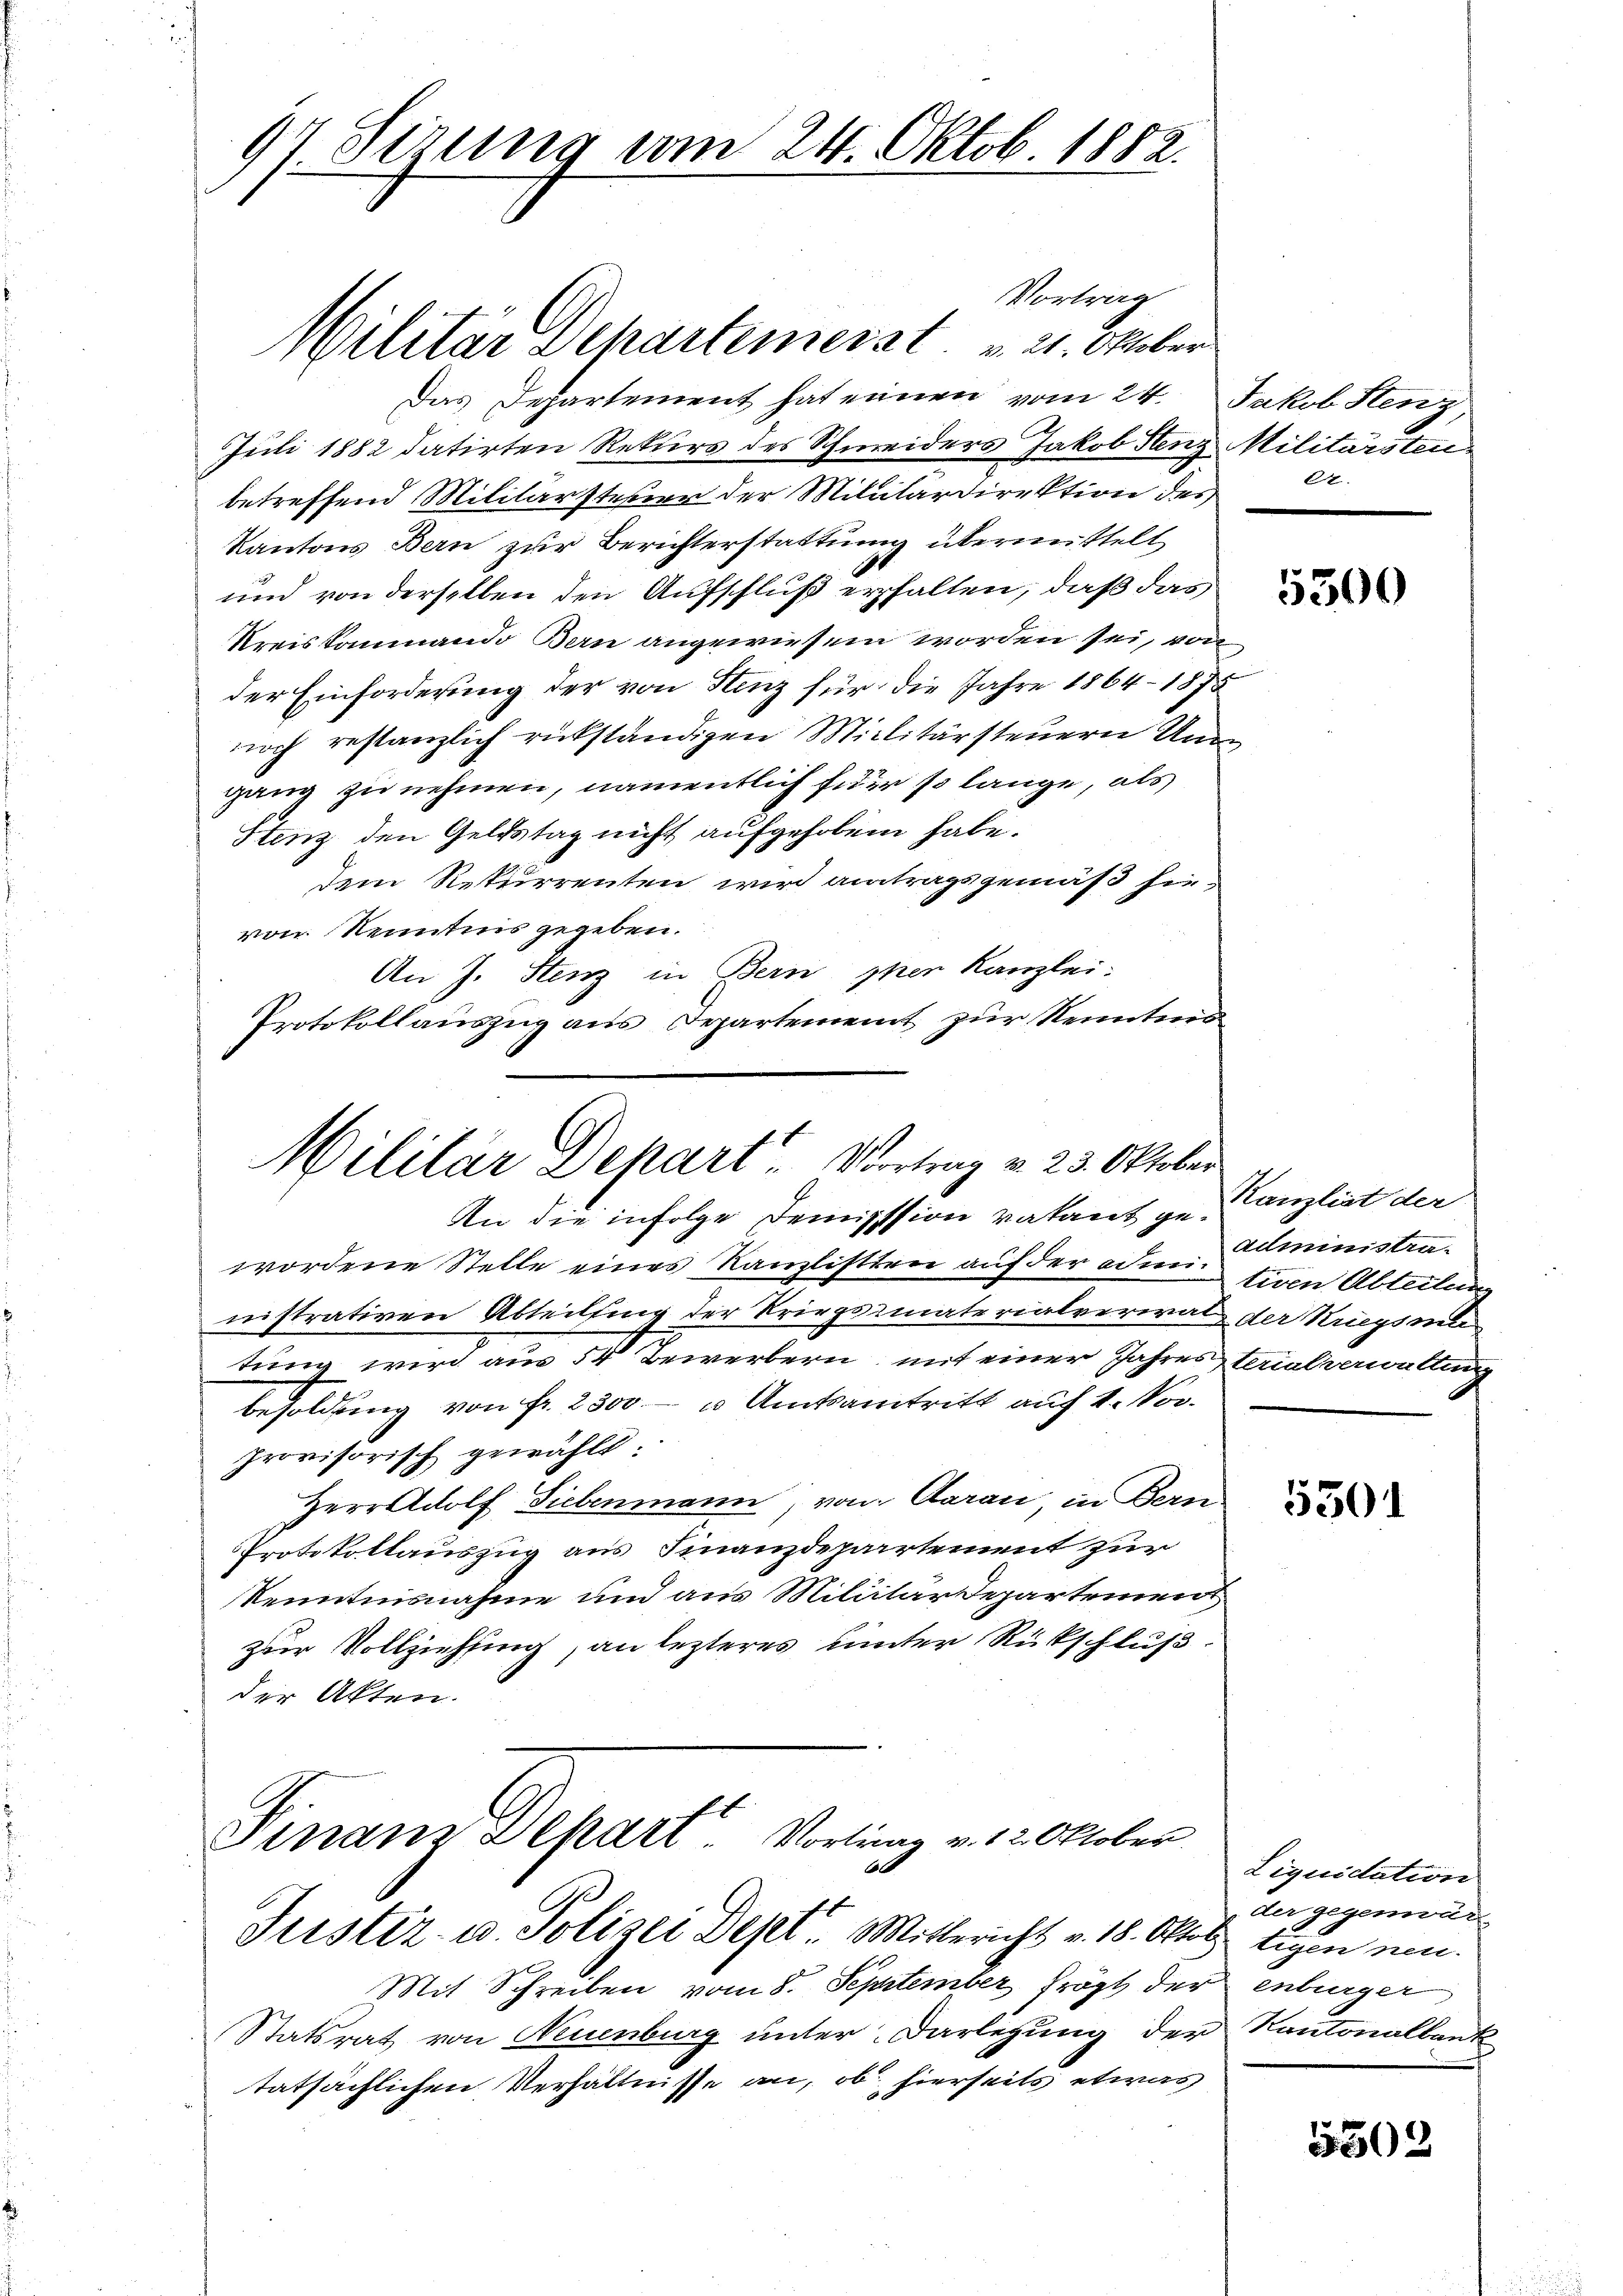
Vortrag
Das Departement hat einen vom 24. Jakob Stenz,
Juli 1882 datirten Rekurs des Schweiders Jakob Stenz Militärsteibetreffend Militärsteuer der Militärdirektion des
Kantons Bern zur Berichterstattung übermittelt
und von derselben den Aufschluß erhalten, daß das
Kreiskommando Bern angewiesen worden sei, von
der Einforderung der von Stenz für die Jahre 1864–1875
noch restanzlich rückständigen Militärsteuern Unganz zu nehmen, namentlich für so lange, als
Stenz den Geldstag nicht aufgehoben habe.
dem Rekurrenten wird antragsgemäß hievon Kenntnis gegeben.
An J. Stenz in Bern phen Kanzlei:
Protokollauszug aus Departement zur Kenntma¬

97 derung am 24. Oktob. 1882.

Militär Departimerst 21. Oktober

Militär Depart Vortrag v. 23. Oktober
An die infolge Demisssion vatant ge¬

wordene Stelle eines Kanzlisten auf der admi tiren Abteilung
nistrativen Abteilung der Kriegsmaterialverwalt der Kriegsma
tung wird aus 54 Bewerbern, mit einer Jahres beralverwaltung
Besoldung von Fr. 2300 - u Amtsantritt auch 1. Nov.
provisorisch gewählt:
Herr Adolf Giebenmann, von Aarau in Bern
Protokollauszug aus Finanzdepartement zur
Kenntnisnahme und aus Militärdepartemen
zur Vollziehung, an lezteres unter Rückschluß
der Akten.

Finanz Depart Vortrag v. 12. Oktober
x

Justiz- u. Polizei Dept. Mittericht v. 18. Oktob tigen neu.
Mit Schreiben vom 8. September frägt der enburger
Statsrat von Neuenburg unter Darlegung der Kantonalbank
tatsächlichen Verhältnisse an, ob hierseits etwas

22

5500

Kanzlist der
administra¬

5301

Liquidation
der gegenwär-

1502